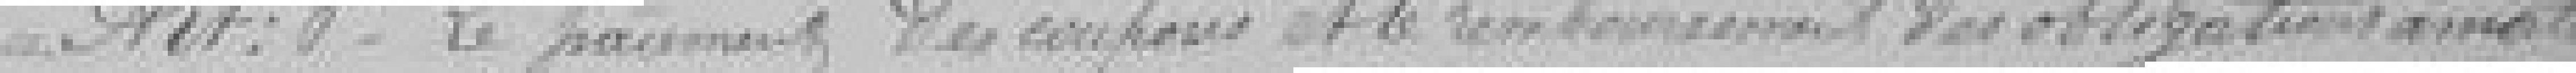
Art. 6. Le paiement des coupons et le remboursement des obligations amorties